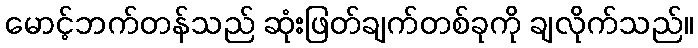
မောင့်ဘက်တန်သည် ဆုံးဖြတ်ချက်တစ်ခုကို ချလိုက်သည်။